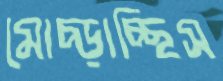
মোচ্‌ড়াচ্ছিস